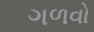
ગળવો